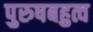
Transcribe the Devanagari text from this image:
पुरुषबहुत्व